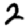
Digit: 2